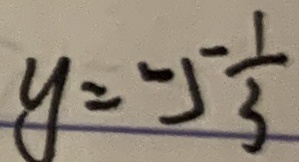
y = - 5 \frac { 1 } { 3 }